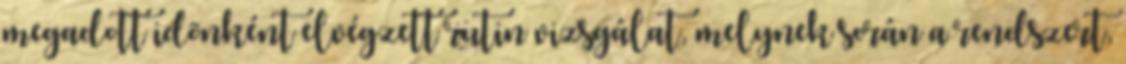
megadott idõnként elvégzett rutin vizsgálat, melynek során a rendszert,